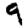
Digit: 9